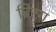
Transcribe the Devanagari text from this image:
ब्रिंरग